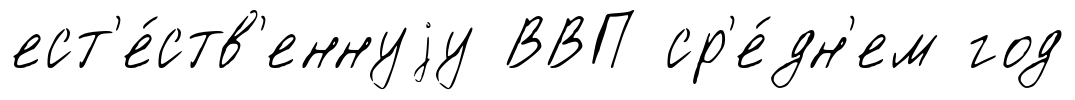
ест'е́ств'еннуjу ВВП ср'е́дн'ем год